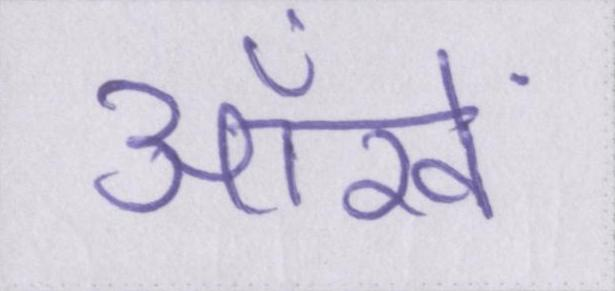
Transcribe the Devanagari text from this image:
ऑंखें